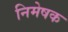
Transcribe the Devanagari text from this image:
निमेषक